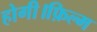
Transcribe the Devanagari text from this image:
होगी।फ़िल्म